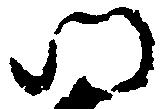
門